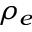
\rho _ { e }